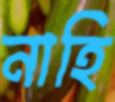
নাহি